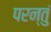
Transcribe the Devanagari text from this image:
परन्तुं